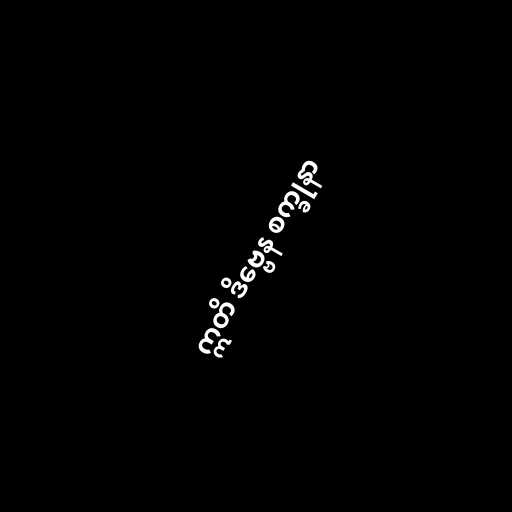
ဣတိ ဒိဗ္ဗေန စက္ခုနာ